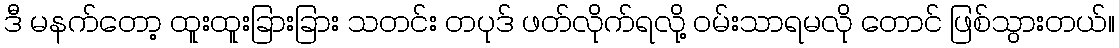
ဒီ မနက်တော့ ထူးထူးခြားခြား သတင်း တပုဒ် ဖတ်လိုက်ရလို့ ဝမ်းသာရမလို တောင် ဖြစ်သွားတယ်။